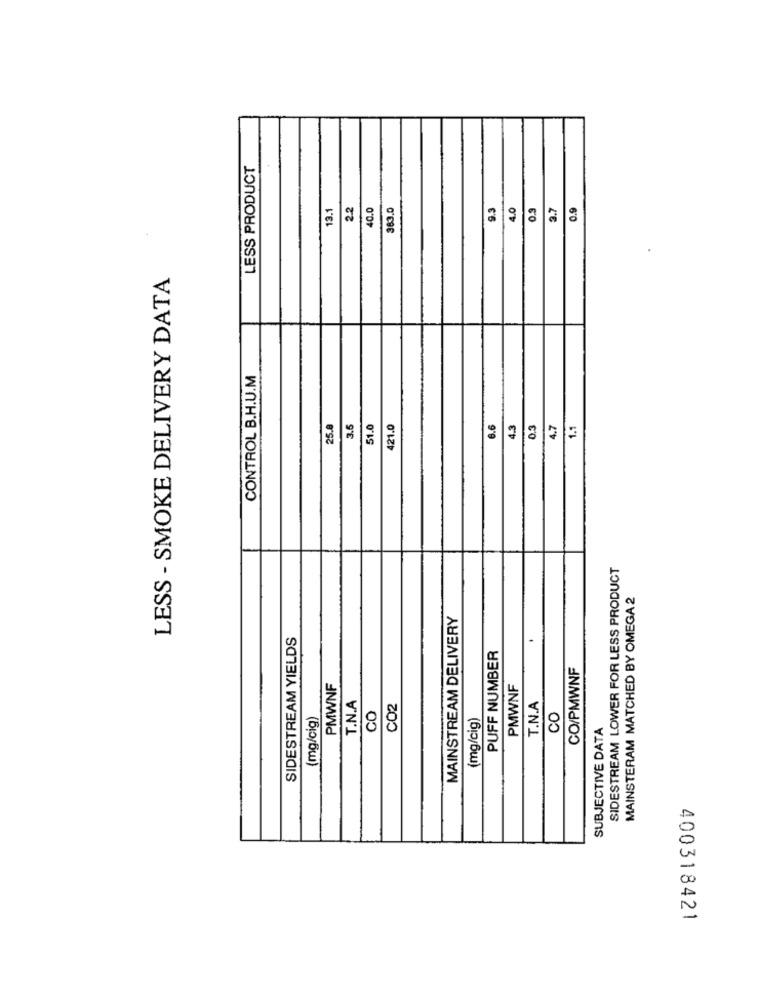
LESS PRODUCT
13.1
2.2
40.0
383.0
9.3
LO
0.9
3.7
0.9
LESS - SMOKE DELIVERY DATA
CONTROL B.H.U.M
25.0
3.5
51.0
421.0
6.6
4.3
0.3
4.7
1.1
SIDESTREAM LOWER FOR LESS PRODUCT
MAINSTERAM MATCHED BY OMEGA 2
MAINSTREAM DELIVERY
SIDESTREAM YIELDS
PUFF NUMBER
CO/PMWNF
PMWNF
PMWNF
T.N.A
CO2
T.N.A
(mg/cig)
CO
(mg/cig)
CO
SUBJECTIVE DATA
400318421